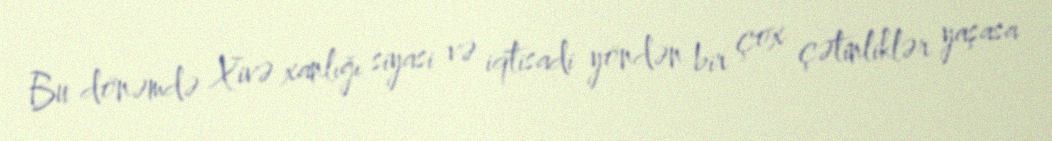
Bu dönəmdə Xivə xanlığı siyasi və iqtisadi yöndən bir çox çətinliklər yaşasa